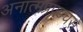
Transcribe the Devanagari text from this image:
अनात्मप्रपञ्चसे